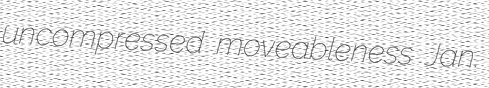
uncompressed moveableness Jan.